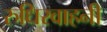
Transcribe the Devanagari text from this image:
रुधिरवाहनी